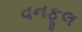
વનફૂલ